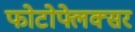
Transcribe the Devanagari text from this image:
फोटोफ्लेक्सर